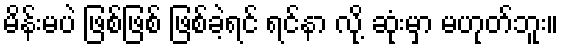
မိန်းမပဲ ဖြစ်ဖြစ် ဖြစ်ခဲ့ရင် ရင်နာ လို့ ဆုံးမှာ မဟုတ်ဘူး။